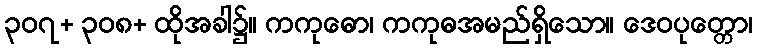
၃၀၇+ ၃၀၈+ ထိုအခါ၌။ ကကုဓော၊ ကကုဓအမည်ရှိသော။ ဒေဝပုတ္တော၊